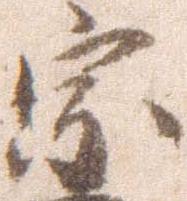
宗